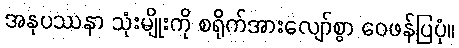
အနုပဿနာ သုံးမျိုးကို စရိုက်အားလျော်စွာ ဝေဖန်ပြပုံ။